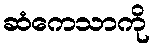
ဆံကေသာကို